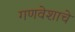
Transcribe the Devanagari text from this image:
गणवेशाचे